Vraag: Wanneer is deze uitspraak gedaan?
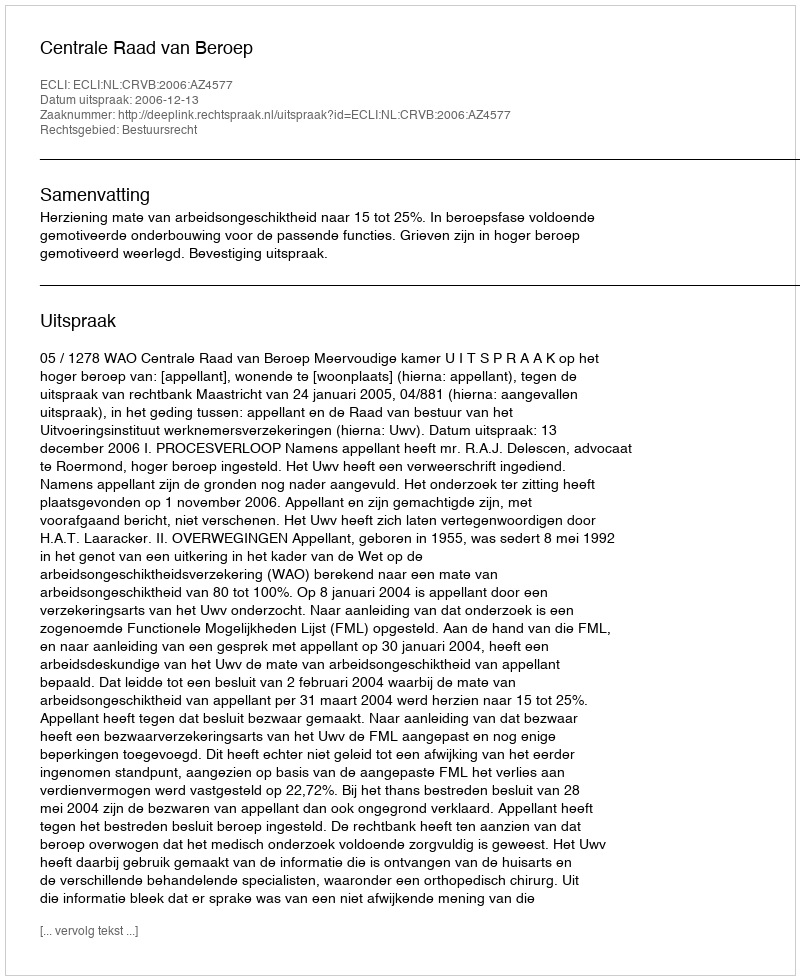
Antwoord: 2006-12-13